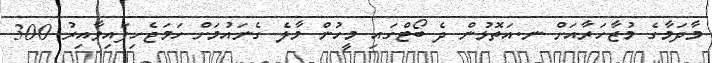
މާދަމާގެ މުޒާހަރާއަށް ނ.އަތޮޅުން ދެ ބޯޓްގައި މީހުން މާލެ ގެނައުމަށް ހަމަޖެހިފައިވާއިރު 300